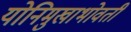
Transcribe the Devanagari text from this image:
योनिमुखाभोवती